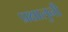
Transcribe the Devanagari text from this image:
प्रक्षालुनी